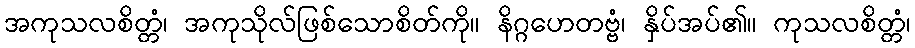
အကုသလစိတ္တံ၊ အကုသိုလ်ဖြစ်သောစိတ်ကို။ နိဂ္ဂဟေတဗ္ဗံ၊ နှိပ်အပ်၏။ ကုသလစိတ္တံ၊